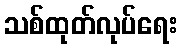
သစ်ထုတ်လုပ်ရေး